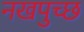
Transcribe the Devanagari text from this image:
नखपुच्छ